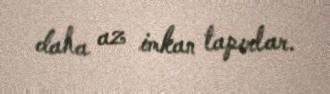
daha az imkan tapırlar.